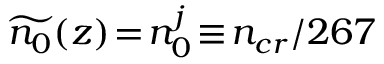
\widetilde { n _ { 0 } } ( z ) \! = \! n _ { 0 } ^ { j } \! \equiv \! n _ { c r } / 2 6 7